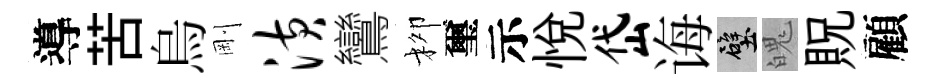
導苦烏剛潢鸞柳璽示悦岱诲壁魄貺顧